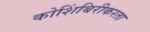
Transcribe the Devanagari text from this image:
कोशिंबिरीकरता